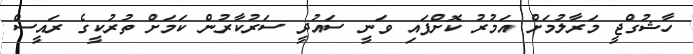
ހާޝުގްޖީ މަރާލުމަށް އަމުރު ކޮށްފައި ވަނީ ސައުދީ ސަރުކާރުން ކަމަށް ތުރުކީގެ ރައީސް